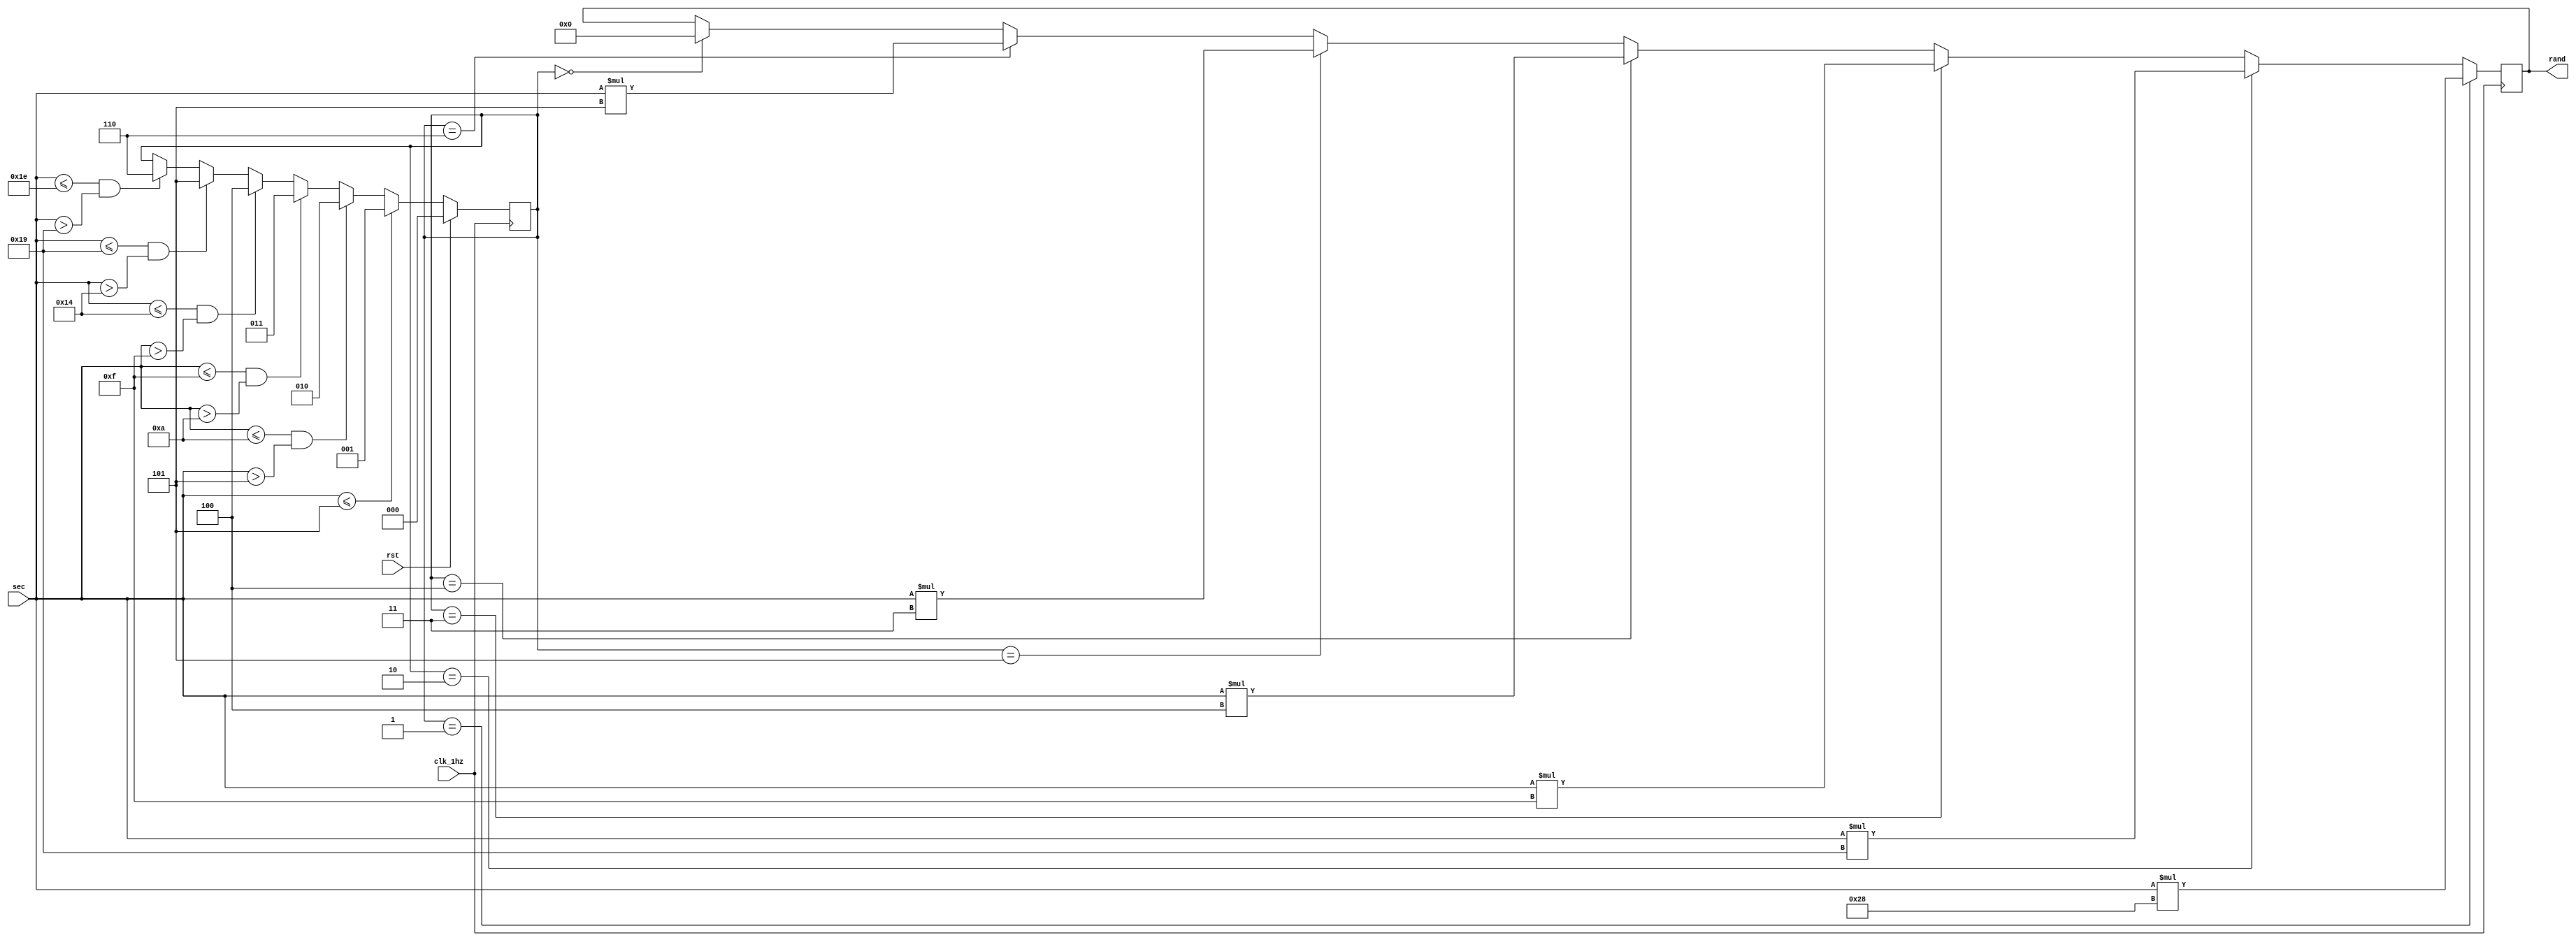
`timescale 1ns / 1ps
//////////////////////////////////////////////////////////////////////////////////
// Company: 
// Engineer: 
// 
// Design Name: 
// Module Name: Random_nanchara
// Project Name: 
// Target Devices: 
// Tool Versions: 
// Description: 
// 
// Dependencies: 
// 
// Revision:
// Revision 0.01 - File Created
// Additional Comments:
// 
//////////////////////////////////////////////////////////////////////////////////


module Random_nanchara(sec, rst, clk_1hz, rand);
input rst, clk_1hz;
input [7:0] sec;
output reg [7:0] rand;
reg [2:0] indi;

always @(posedge clk_1hz) begin
    if (rst) begin
        indi <= 0;
        rand <= 0; end
     else begin
        if (sec <= 5)
            indi <= 1;
            else if (sec <= 10 && sec > 5)
                indi <= 2;
            else if (sec <= 15 && sec > 10)
                indi <= 3;
            else if (sec <= 20 && sec > 15)
                indi <= 4;
            else if (sec <= 25 && sec > 20)
                indi <= 5;
            else if (sec <= 30 && sec > 25)
                indi <= 6;
      end
      
      if (indi == 1) 
        rand <= sec * 40;
      else if (indi == 2) 
        rand <= sec * 25;
      else if (indi == 3)
        rand <= sec * 15;
      else if (indi == 4) 
        rand <= sec * 4;
      else if (indi == 5)
        rand <= sec * 3;
      else if (indi == 6)
        rand <= sec * 5;
      else if (indi == 0)
        rand <= 0;
      else
        rand <= rand;
 
 end


endmodule